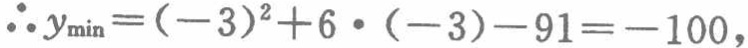
\(\therefore y_{\min}=(-3)^{2}+6\cdot(-3)-91=-100,\)